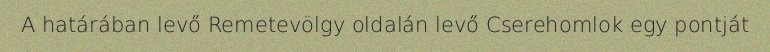
A határában levő Remetevölgy oldalán levő Cserehomlok egy pontját